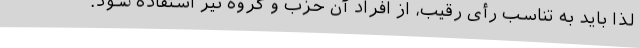
لذا باید به تناسب رأی رقیب، از افراد آن حزب و گروه نیز استفاده شود.